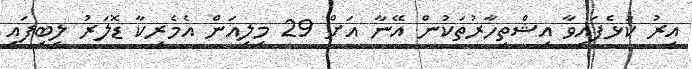
އިރު ކުޅެފައިވާ އިޝްތިހާރުތަކުން އޭނާ އަށް 29 މިލިއަން އެމެރިކާ ޑޮލަރު ލިބިފައި